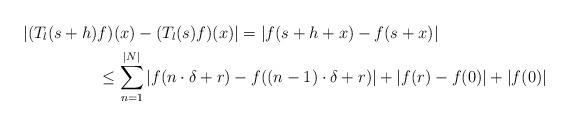
LaTeX: \begin{align*}|(T_l(s+h)&f)(x)-(T_l(s)f)(x)|=|f(s+h+x)-f(s+x)| \\& \leq \sum_{n=1}^{|N|}|f(n\cdot \delta +r)-f((n-1)\cdot \delta +r)|+ |f(r)-f(0)| +|f(0)|\end{align*}